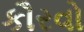
કૌરવો